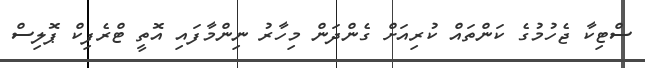
ސްޓިކާ ޖެހުމުގެ ކަންތައް ކުރިއަށް ގެންދަން މިހާރު ނިންމާފައި އޮތީ ޓްރެފިކް ޕޮލިސް